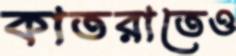
কাতরাতেও